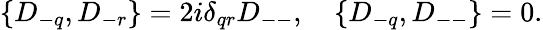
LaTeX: \{ D_{-q},D_{-r}\} ={2i}\delta_{qr}D_{--},\quad\{ D_{-q},D_{--}\} =0.